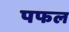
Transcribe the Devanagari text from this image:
पफल